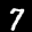
Label: 7